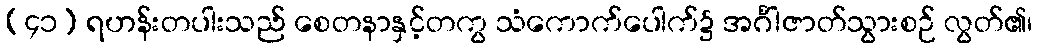
(၄၁) ရဟန်းတပါးသည် စေတနာနှင့်တကွ သံကောက်ပေါက်၌ အင်္ဂါဇာတ်သွားစဉ် လွတ်၏၊